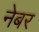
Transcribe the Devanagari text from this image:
नेबर